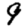
Digit: 9